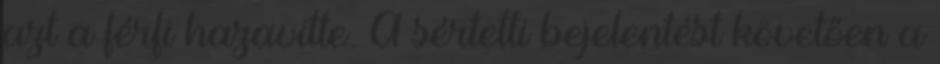
azt a férfi hazavitte. A sértetti bejelentést követően a